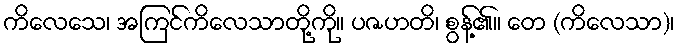
ကိလေသေ၊ အကြင်ကိလေသာတို့ကို။ ပဇဟတိ၊ စွန့်၏။ တေ (ကိလေသာ)၊